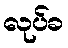
လုပ်ခ